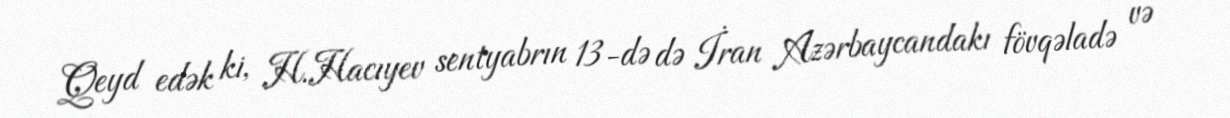
Qeyd edək ki, H.Hacıyev sentyabrın 13-də də İran Azərbaycandakı fövqəladə və